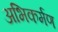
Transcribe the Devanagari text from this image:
अभिकर्मण